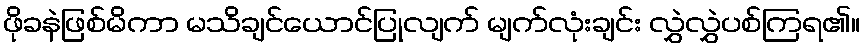
ဖိုခနဲဖြစ်မိကာ မသိချင်ယောင်ပြုလျက် မျက်လုံးချင်း လွှဲလွှဲပစ်ကြရ၏။